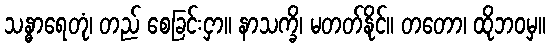
သန္ဓာရေတုံ၊ တည် စေခြင်းငှာ။ နာသက္ခိ၊ မတတ်နိုင်။ တတော၊ ထိုဘဝမှ။